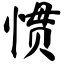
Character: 惯